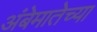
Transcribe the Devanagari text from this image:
अंबेमातेच्या